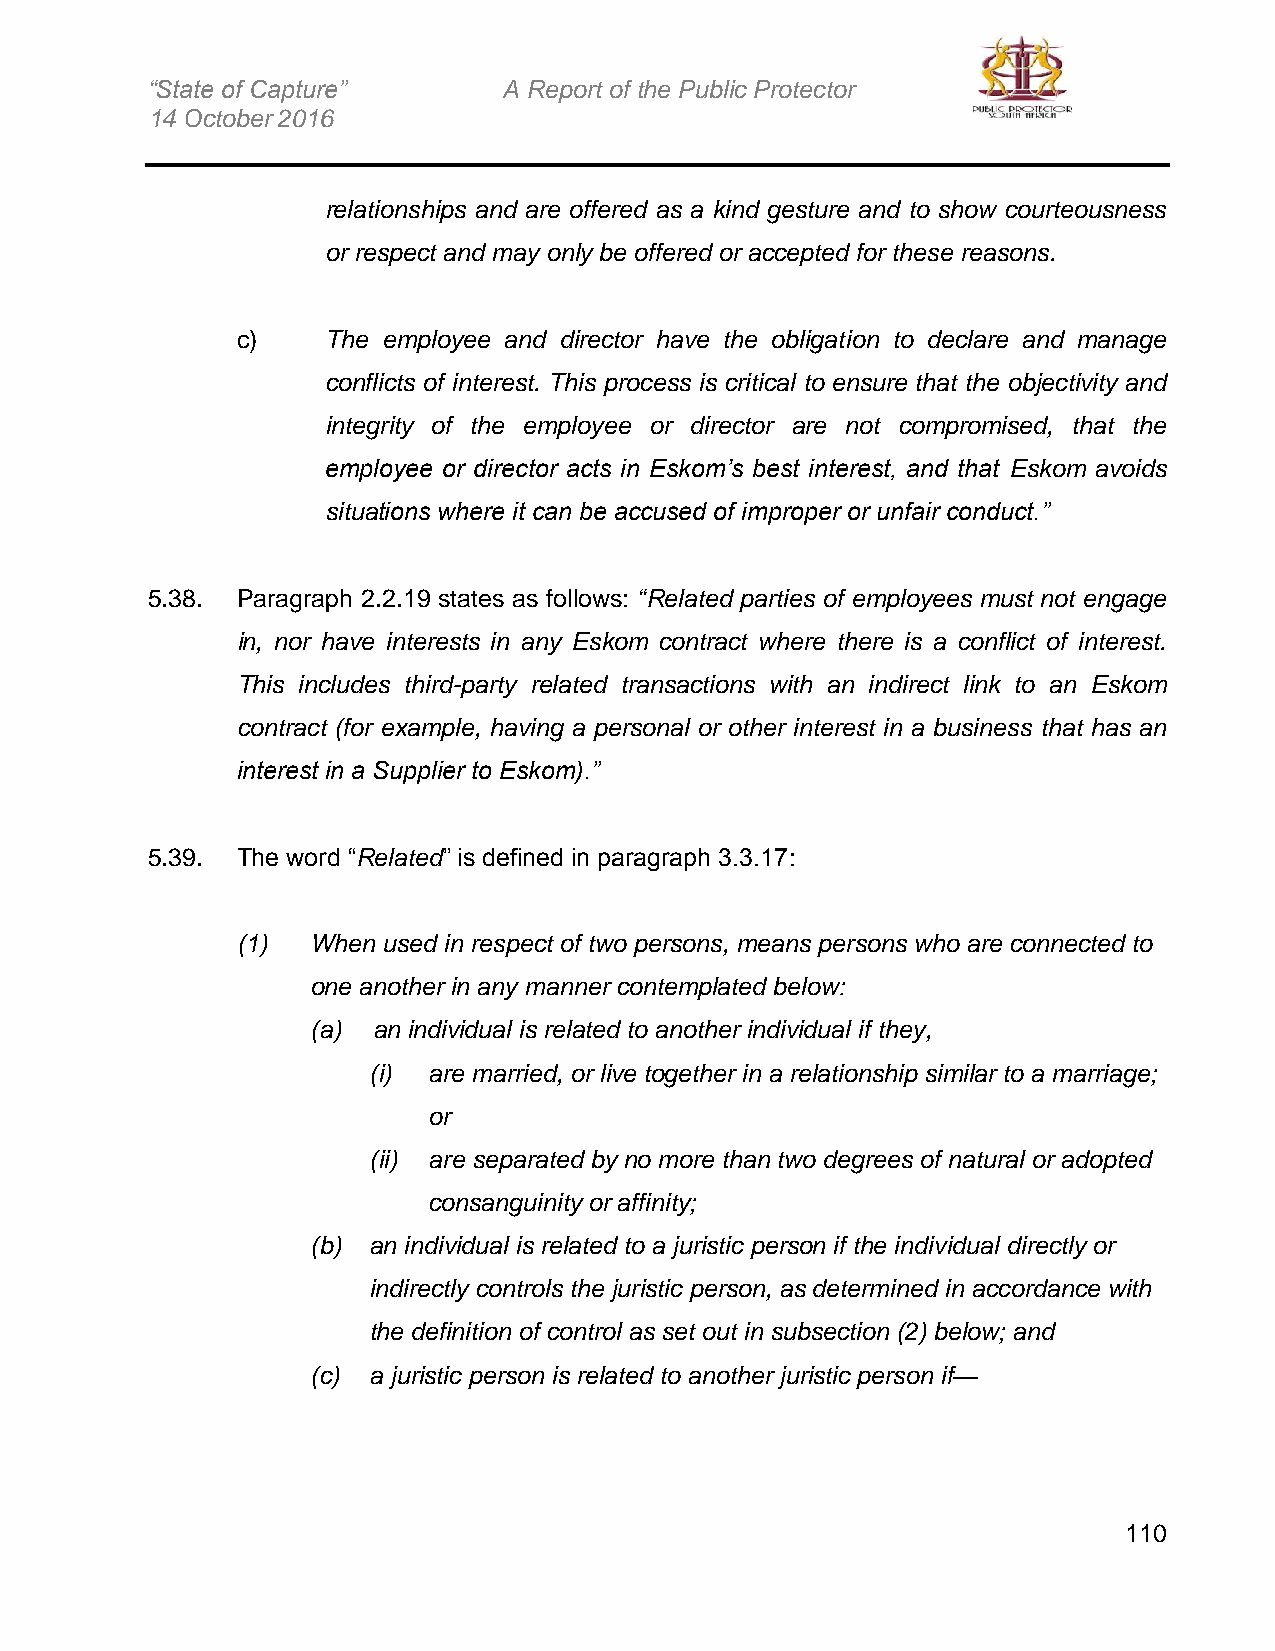
“State of Capture”     A Report of the Public Protector
 14 October 2016
 relationships and are offered as a kind gesture and to show courteousness
 or respect and may only be offered or accepted for these reasons.
 c)    The employee and director have the obligation to declare and manage
 conflicts of interest. This process is critical to ensure that the objectivity and
 integrity of the employee or director are not compromised, that the
 employee or director acts in Eskom’s best interest, and that Eskom avoids
 situations where it can be accused of improper or unfair conduct.”
 5.38. Paragraph 2.2.19 states as follows: “Related parties of employees must not engage
 in, nor have interests in any Eskom contract where there is a conflict of interest.
 This includes third-party related transactions with an indirect link to an Eskom
 contract (for example, having a personal or other interest in a business that has an
 interest in a Supplier to Eskom).”
 5.39. The word “Related” is defined in paragraph 3.3.17:
 (1)  When used in respect of two persons, means persons who are connected to
 one another in any manner contemplated below:
 (a) an individual is related to another individual if they,
 (i) are married, or live together in a relationship similar to a marriage;
 or
 (ii) are separated by no more than two degrees of natural or adopted
 consanguinity or affinity;
 (b) an individual is related to a juristic person if the individual directly or
 indirectly controls the juristic person, as determined in accordance with
 the definition of control as set out in subsection (2) below; and
 (c) a juristic person is related to another juristic person if—
 110